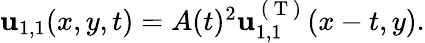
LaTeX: \begin{array}{r}{\mathbf{u}_{1,1}(x,y,t)=A(t)^{2}\mathbf{u}_{1,1}^{\mathrm{~(~T~)~}}(x-t,y).}\end{array}